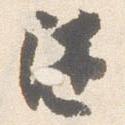
随